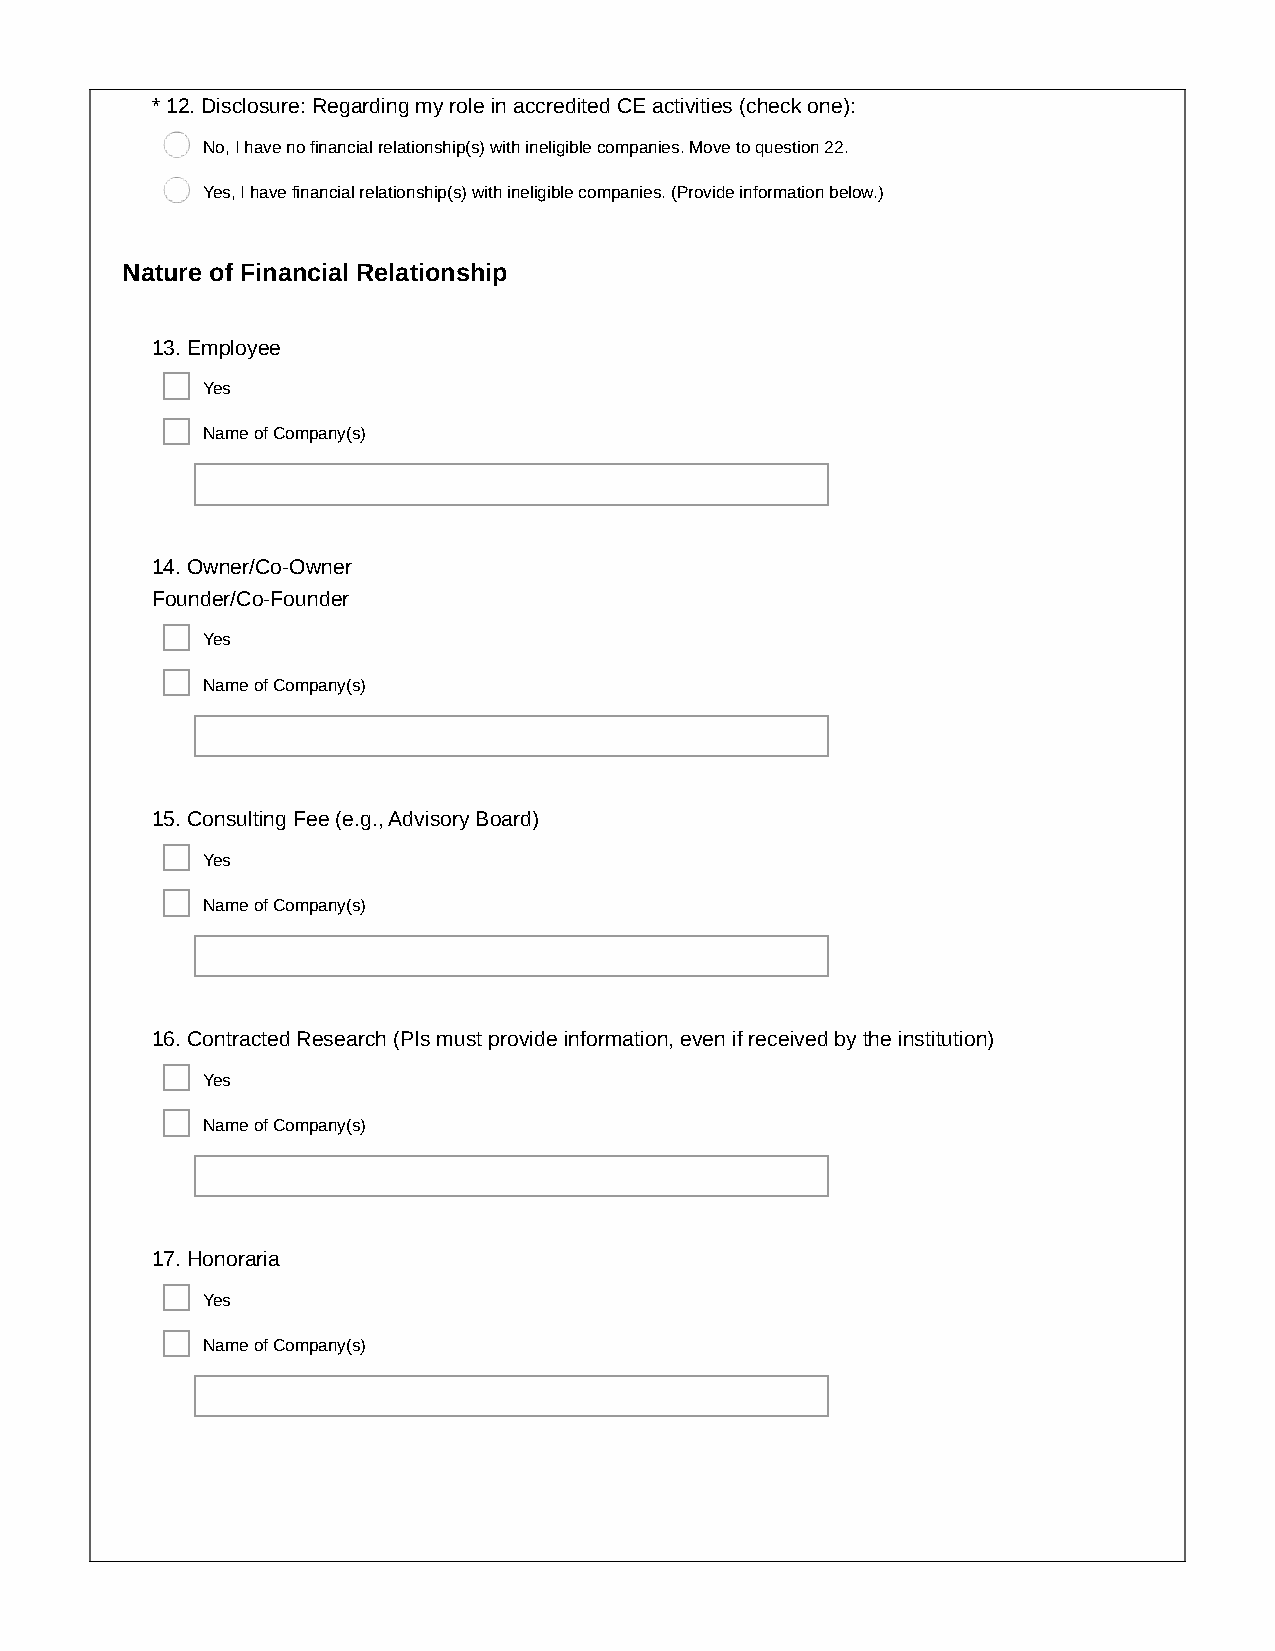
* 12. Disclosure: Regarding my role in accredited CE activities (check one):
 No, I have no financial relationship(s) with ineligible companies. Move to question 22.
 Yes, I have financial relationship(s) with ineligible companies. (Provide information below.)
 Nature of Financial Relationship
 13. Employee
 Yes
 Name of Company(s)
 14. Owner/Co-Owner
 Founder/Co-Founder
 Yes
 Name of Company(s)
 15. Consulting Fee (e.g., Advisory Board)
 Yes
 Name of Company(s)
 16. Contracted Research (PIs must provide information, even if received by the institution)
 Yes
 Name of Company(s)
 17. Honoraria
 Yes
 Name of Company(s)